Document type: Sale
Year: 1235
Scribe: Pere de Bages
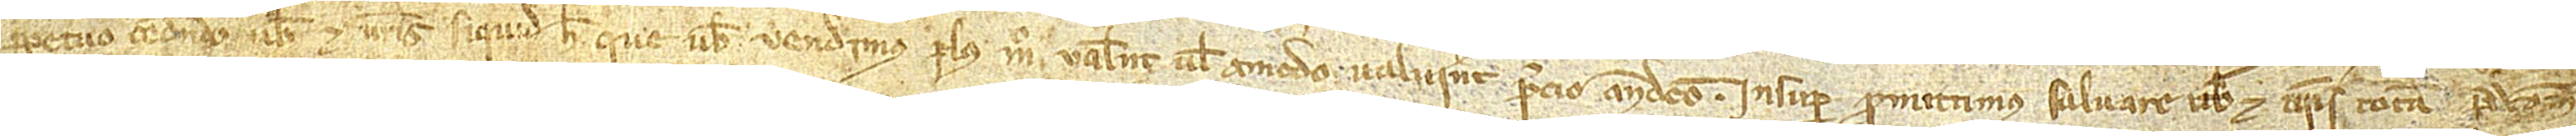
perpetuo cedendo vobis et vestris siquid hec que vobis vendimus plus modo valent vel amodo valuerint predico antedicto. Insuper promittimus salvare vobis et vestris totam predictam